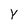
Character: Y